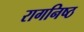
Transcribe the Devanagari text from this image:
रागनिष्ठ